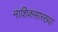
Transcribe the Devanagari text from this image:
नाशिकसारख्या